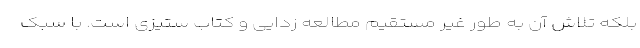
بلکه تلاش آن به طور غیر مستقیم مطالعه زدایی و کتاب ستیزی است. با سبک